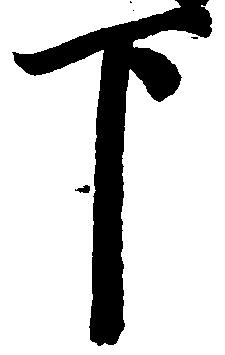
下